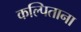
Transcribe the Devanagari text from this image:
कल्पिताना